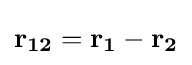
{\textstyle \mathbf {r_{12}=r_{1}-r_{2}} }